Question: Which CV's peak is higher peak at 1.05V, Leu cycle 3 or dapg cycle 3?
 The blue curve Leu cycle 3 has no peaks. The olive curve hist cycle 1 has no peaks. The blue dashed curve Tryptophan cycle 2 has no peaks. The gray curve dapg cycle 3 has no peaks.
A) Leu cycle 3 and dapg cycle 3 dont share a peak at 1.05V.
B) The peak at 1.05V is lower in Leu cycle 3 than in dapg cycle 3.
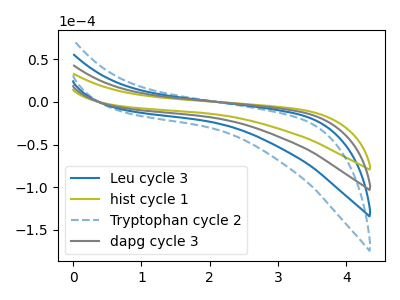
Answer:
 <answer>A) "Leu cycle 3" and "dapg cycle 3" dont share a peak at 1.05V.</answer>
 <eval>A</eval>